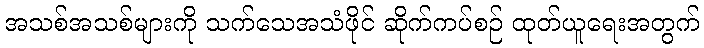
အသစ်အသစ်များကို သက်သေအသံဖိုင် ဆိုက်ကပ်စဉ် ထုတ်ယူရေးအတွက်